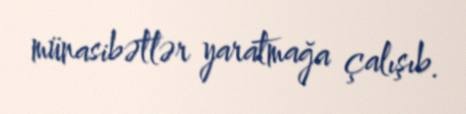
münasibətlər yaratmağa çalışıb.